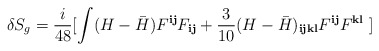
\begin{align*}\delta S_g = \frac{i}{48} [ \int (H-{\bar H}) F^{{\mathbf i}{\mathbf j}}F_{{\mathbf i}{\mathbf j}} + \frac{3}{10} (H-{\bar H})_{{\mathbf i}{\mathbf j}{\mathbf k}{\mathbf l}}F^{{\mathbf i}{\mathbf j}} F^{{\mathbf k}{\mathbf l}}\; ] \end{align*}